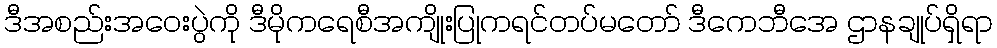
ဒီအစည်းအဝေးပွဲကို ဒီမိုကရေစီအကျိုးပြုကရင်တပ်မတော် ဒီကေဘီအေ ဌာနချုပ်ရှိရာ